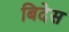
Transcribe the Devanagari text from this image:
बिदेस